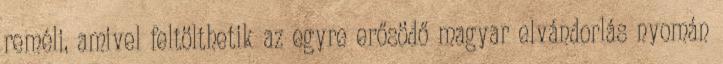
reméli, amivel feltölthetik az egyre erősödő magyar elvándorlás nyomán